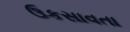
ઉકસાવતા